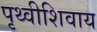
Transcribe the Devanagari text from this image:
पृथ्वीशिवाय